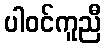
ပါဝင်ကူညီ